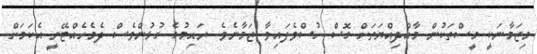
މިޒަމާނަކީ މީސްތަކުން މާއްދިއްޔަތަށް ގޮސް ހުސްވެފައިވާ ޒަމާނެވެ. ރަޙިމުގެ ގުޅުންވެސް ދެމެހެއްޓޭނީ އެކަމަށް